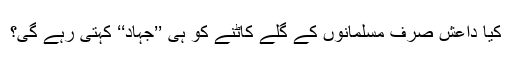
کیا داعش صرف مسلمانوں کے گلے کاٹنے کو ہی ’’جہاد‘‘ کہتی رہے گی؟